Report on the working of the Ranchi Indian Mental Hospital, Kanke, in Bihar and Orissa - 1930-1940
Year: 1930
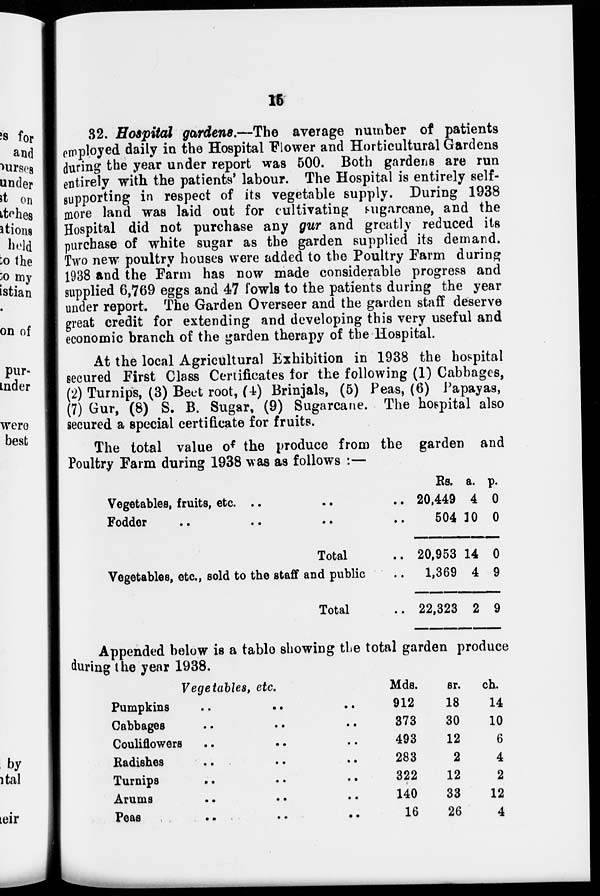
16
32. Hospital gardens.—The average number of patients
employed daily in the Hospital Flower and Horticultural Gardens
during the year under report was 500. Both gardens are run
entirely with the patients' labour. The Hospital is entirely self-
supporting in respect of its vegetable supply. During 1938
more land was laid out for cultivating sugarcane, and the
Hospital did not purchase any gur and greatly reduced its
purchase of white sugar as the garden supplied its demand.
Two new poultry houses were added to the Poultry Farm during
1938 and the Farm has now made considerable progress and
supplied 6,769 eggs and 47 fowls to the patients during the year
under report. The Garden Overseer and the garden staff deserve
great credit for extending and developing this very useful and
economic branch of the garden therapy of the Hospital.
At the local Agricultural Exhibition in 1938 the hospital
secured First Class Certificates for the following (1) Cabbages,
(2) Turnips, (3) Beet root, (4) Brinjals, (5) Peas, (6) Papayas,
(7) Gur, (8) S. B. Sugar, (9) Sugarcane. The hospital also
secured a special certificate for fruits.
The total value of the produce from the garden and
Poultry Farm during 1938 was as follows :—
Vegetables, fruits, etc. .. .. ..
Fodder
..
..
..
..
Total ..
Vegetables, etc., sold to the staff and public
Total ..
Rs.
20,449
504
20,953
1,369
22,323
a.
4
10
14
4
2
p.
0
0
0
9
9
Appended below is a table showing the total garden produce
during the year 1938.
Vegetables, etc.
Pumpkins .. .. ..
Cabbages .. .. ..
Couliflowers .. .. ..
Radishes .. .. ..
Turnips .. .. ..
Arums .. .. ..
Peas .. .. ..
Mds.
912
373
493
283
322
140
16
sr.
18
30
12
2
12
33
26
ch.
14
10
6
4
2
12
4